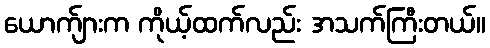
ယောက်ျားက ကိုယ့်ထက်လည်း အသက်ကြီးတယ်။